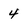
Character: 4